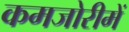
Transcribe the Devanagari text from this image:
कमजोरीमें